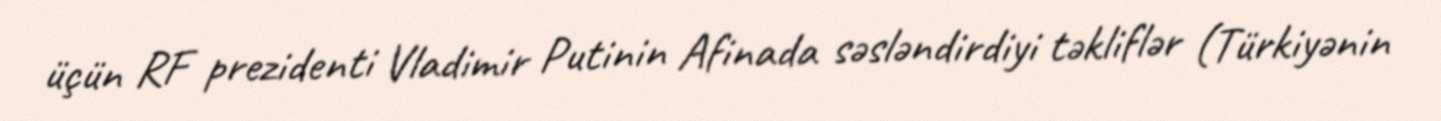
üçün RF prezidenti Vladimir Putinin Afinada səsləndirdiyi təkliflər (Türkiyənin